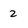
Character: 2